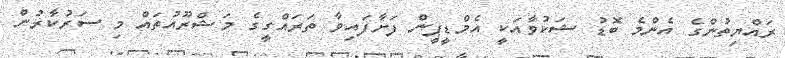
ރައްޔިތުންގެ އެންމެ ބޮޑު ޝަކުވާއަކީ އެމްޑީޕީން ފަށާފައިވާ ތަރައްގީގެ މަޝްރޫއުތައް މި ސަރުކާރުން